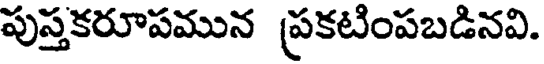
పుస్తకరూపమున ప్రకటింపబడినవి.